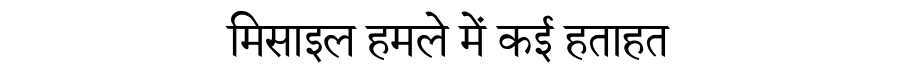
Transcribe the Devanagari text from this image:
मिसाइल हमले में कई हताहत